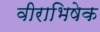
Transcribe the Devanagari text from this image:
वीराभिषेक